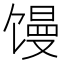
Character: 馒